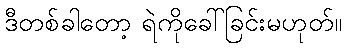
ဒီတစ်ခါတော့ ရဲကိုခေါ်ခြင်းမဟုတ်။